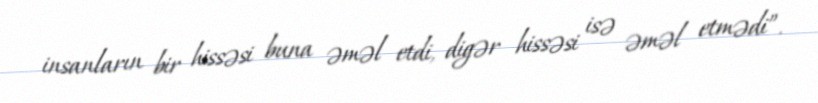
insanların bir hissəsi buna əməl etdi, digər hissəsi isə əməl etmədi”.